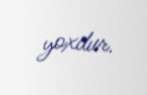
yoxdur.